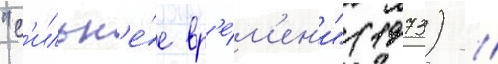
"с'ильн'е́е вр'е́м'ен'и" (1973) /